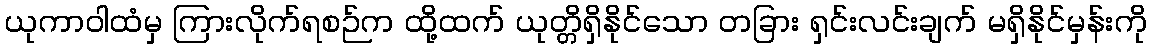
ယုကာဝါထံမှ ကြားလိုက်ရစဉ်က ထို့ထက် ယုတ္တိရှိနိုင်သော တခြား ရှင်းလင်းချက် မရှိနိုင်မှန်းကို